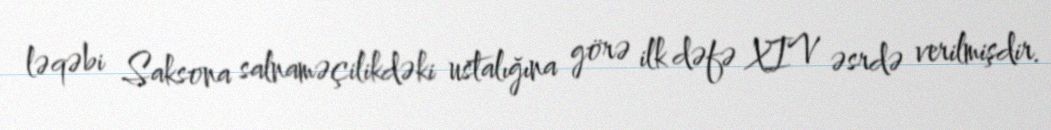
ləqəbi Saksona salnaməçilikdəki ustalığına görə ilk dəfə XIV əsrdə verilmişdir.